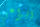
الراعي